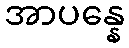
အာပန္နေ